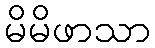
မိမိဖာသာ